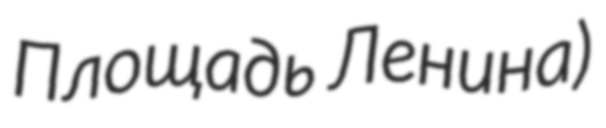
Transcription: Площадь Ленина)